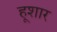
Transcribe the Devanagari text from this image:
हूशार